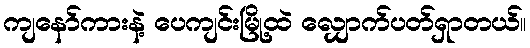
ကျနော်ကားနဲ့ ပေကျင်းမြို့ထဲ လျှောက်ပတ်ရှာတယ်။